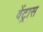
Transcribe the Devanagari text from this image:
वेंट्रास